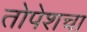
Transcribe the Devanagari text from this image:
तोपेशचा